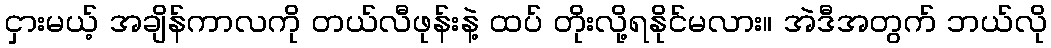
ငှားမယ့် အချိန်ကာလကို တယ်လီဖုန်းနဲ့ ထပ် တိုးလို့ရနိုင်မလား။ အဲဒီအတွက် ဘယ်လို